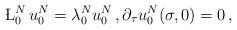
LaTeX: \begin{align*}\L_0^N\, u_0^N = \lambda_0^N u_0^N \,, \partial_\tau u_0^N(\sigma,0)=0\,,\end{align*}